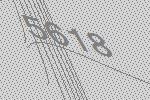
5618